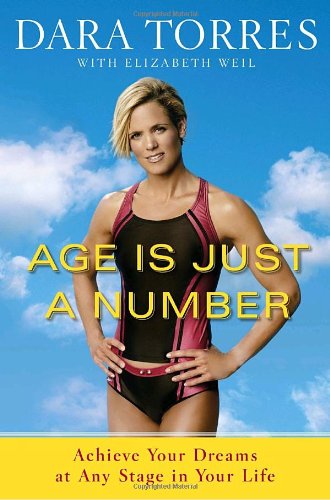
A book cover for Age Is Just a Number: Achieve Your Dreams at Any Stage in Your Life; Dara Torres; Sports & Outdoors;